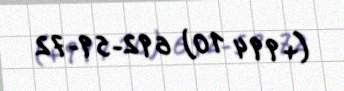
(+994 10) 692-59-72